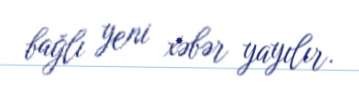
bağlı yeni xəbər yayılır.